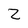
Character: Z